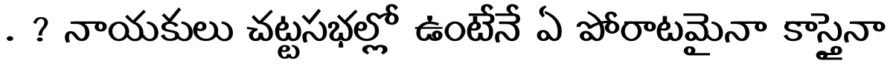
. ? నాయకులు చట్టసభల్లో ఉంటేనే ఏ పోరాటమైనా కాస్తైనా